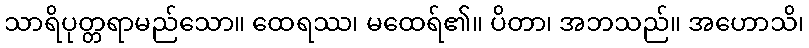
သာရိပုတ္တရာမည်သော။ ထေရဿ၊ မထေရ်၏။ ပိတာ၊ အဘသည်။ အဟောသိ၊